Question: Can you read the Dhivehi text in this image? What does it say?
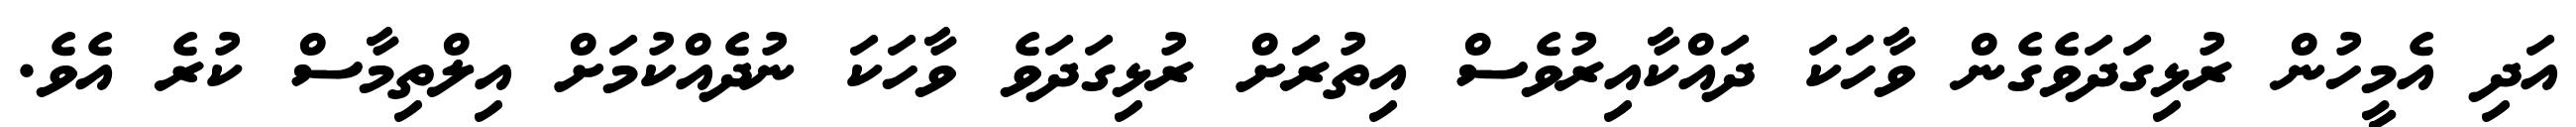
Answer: އަދި އެމީހުން ރުޅިގަދަވެގެން ވާހަކަ ދައްކާއިރުވެސް އިތުރަށް ރުޅިގަދަވެ ވާހަކަ ނުދެއްކުމަށް އިލްތިމާސް ކުރެ އެވެ.